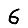
Digit: 6